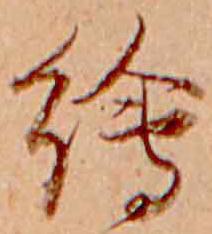
絵